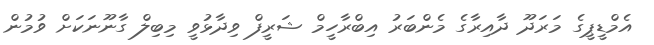
އެމްޑީޕީގެ މަރަދޫ ދާއިރާގެ މެންބަރު އިބްރާހީމް ޝަރީފް ވިދާޅުވީ މިބިލް ގާނޫނަކަށް ވުމުން